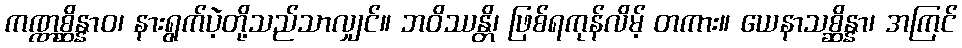
ကဏ္ဏစ္ဆိန္နာဝ၊ နားရွက်ပဲ့တို့သည်သာလျှင်။ ဘဝိဿန္တိ၊ ဖြစ်ရကုန်လိမ့် တကား။ ယေနာသစ္ဆိန္နာ၊ အကြင်